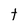
Character: t